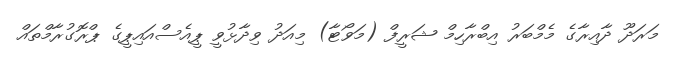
މަރަދޫ ދާއިރާގެ މެމްބަރު އިބްރާހިމް ޝަރީފް (މަވޯޓާ) މިއަދު ވިދާޅުވީ ޕީއެސްއައިޕީގެ ޕްރޮގުރާމްތައް